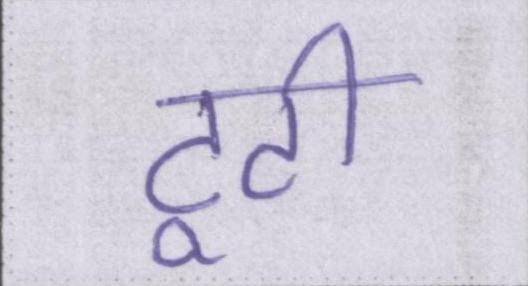
टूटी